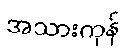
အသားကုန်